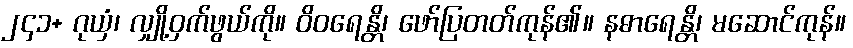
၂၄၁+ ဂုယှံ၊ လျှို့ဝှက်ဖွယ်ကို။ ဝိဝရေန္တိ၊ ဖော်ပြတတ်ကုန်၏။ နဓာရေန္တိ၊ မဆောင်ကုန်။